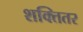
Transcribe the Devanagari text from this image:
शक्तितर